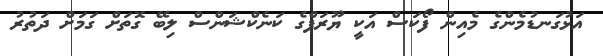
އަޅުގަނޑުމެންގެ މެއިން ފޯކަސް އަކީ ޔޫރަޕްގެ ކަނެކްޝަންސް ލިބޭ ގޮތަށް ގަމަށް ދަތުރު